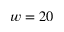
w = 2 0